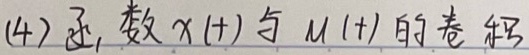
(4) 函 数$x(t)$与$u(t)$的卷 积